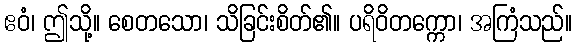
ဧဝံ၊ ဤသို့။ စေတသော၊ သိခြင်းစိတ်၏။ ပရိဝိတက္ကော၊ အကြံသည်။